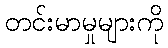
တင်းမာမှုများကို